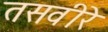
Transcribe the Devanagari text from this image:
तसवीरे